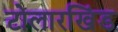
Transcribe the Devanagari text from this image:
टोलारखिंड